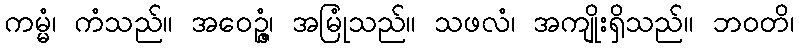
ကမ္မံ၊ ကံသည်။ အဝေဉ္ဇံ၊ အမြုံသည်။ သဖလံ၊ အကျိုးရှိသည်။ ဘဝတိ၊